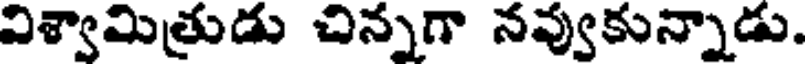
విశ్వామిత్రుడు చిన్నగా నవ్వుకున్నాడు.